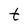
Character: t